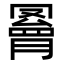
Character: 𦌄